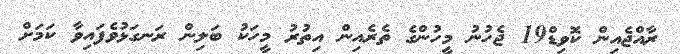
ރާއްޖެއިން ކޮވިޑް19 ޖެހުނު މީހުންގެ ތެރެއިން އިތުރު މީހަކު ބަލިން ރަނގަޅުވެފައިވާ ކަމަށް